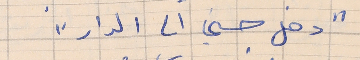
"دخل حسني الى الدار"